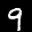
Label: 9